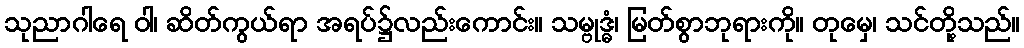
သုညာဂါရေ ဝါ၊ ဆိတ်ကွယ်ရာ အရပ်၌လည်းကောင်း။ သမ္ဗုဒ္ဓံ၊ မြတ်စွာဘုရားကို။ တုမှေ၊ သင်တို့သည်။